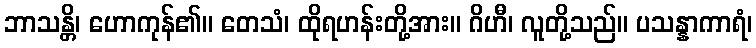
ဘာသန္တိ၊ ဟောကုန်၏။ တေသံ၊ ထိုရဟန်းတို့အား။ ဂိဟီ၊ လူတို့သည်။ ပသန္နာကာရံ၊